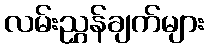
လမ်းညွှန်ချက်များ